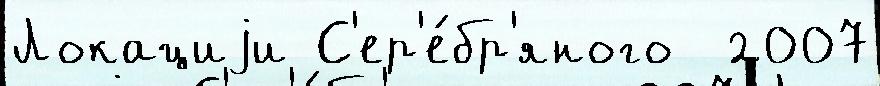
Локациjи С'ер'е́бр'яного  2007